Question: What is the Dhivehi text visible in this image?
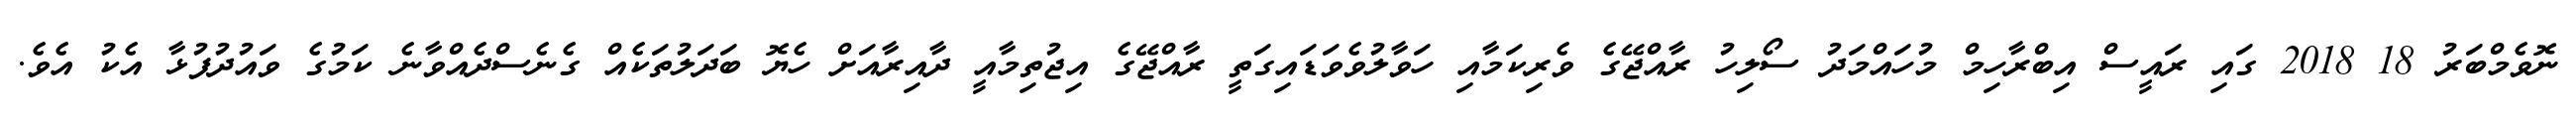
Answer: ނޮވެމްބަރު 18 2018 ގައި ރައީސް އިބްރާހިމް މުހައްމަދު ސޯލިހު ރާއްޖޭގެ ވެރިކަމާއި ހަވާލުވެވަޑައިގަތީ ރާއްޖޭގެ އިޖުތިމާއީ ދާއިރާއަށް ހެޔޮ ބަދަލުތަކެއް ގެނެސްދެއްވާނެ ކަމުގެ ވައުދުފުޅާ އެކު އެވެ.